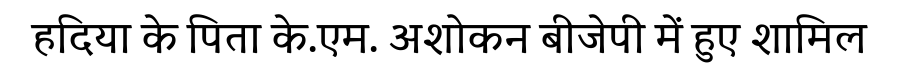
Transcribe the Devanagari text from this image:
हदिया के पिता के.एम. अशोकन बीजेपी में हुए शामिल